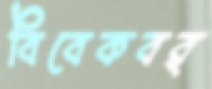
বিবেকবর্